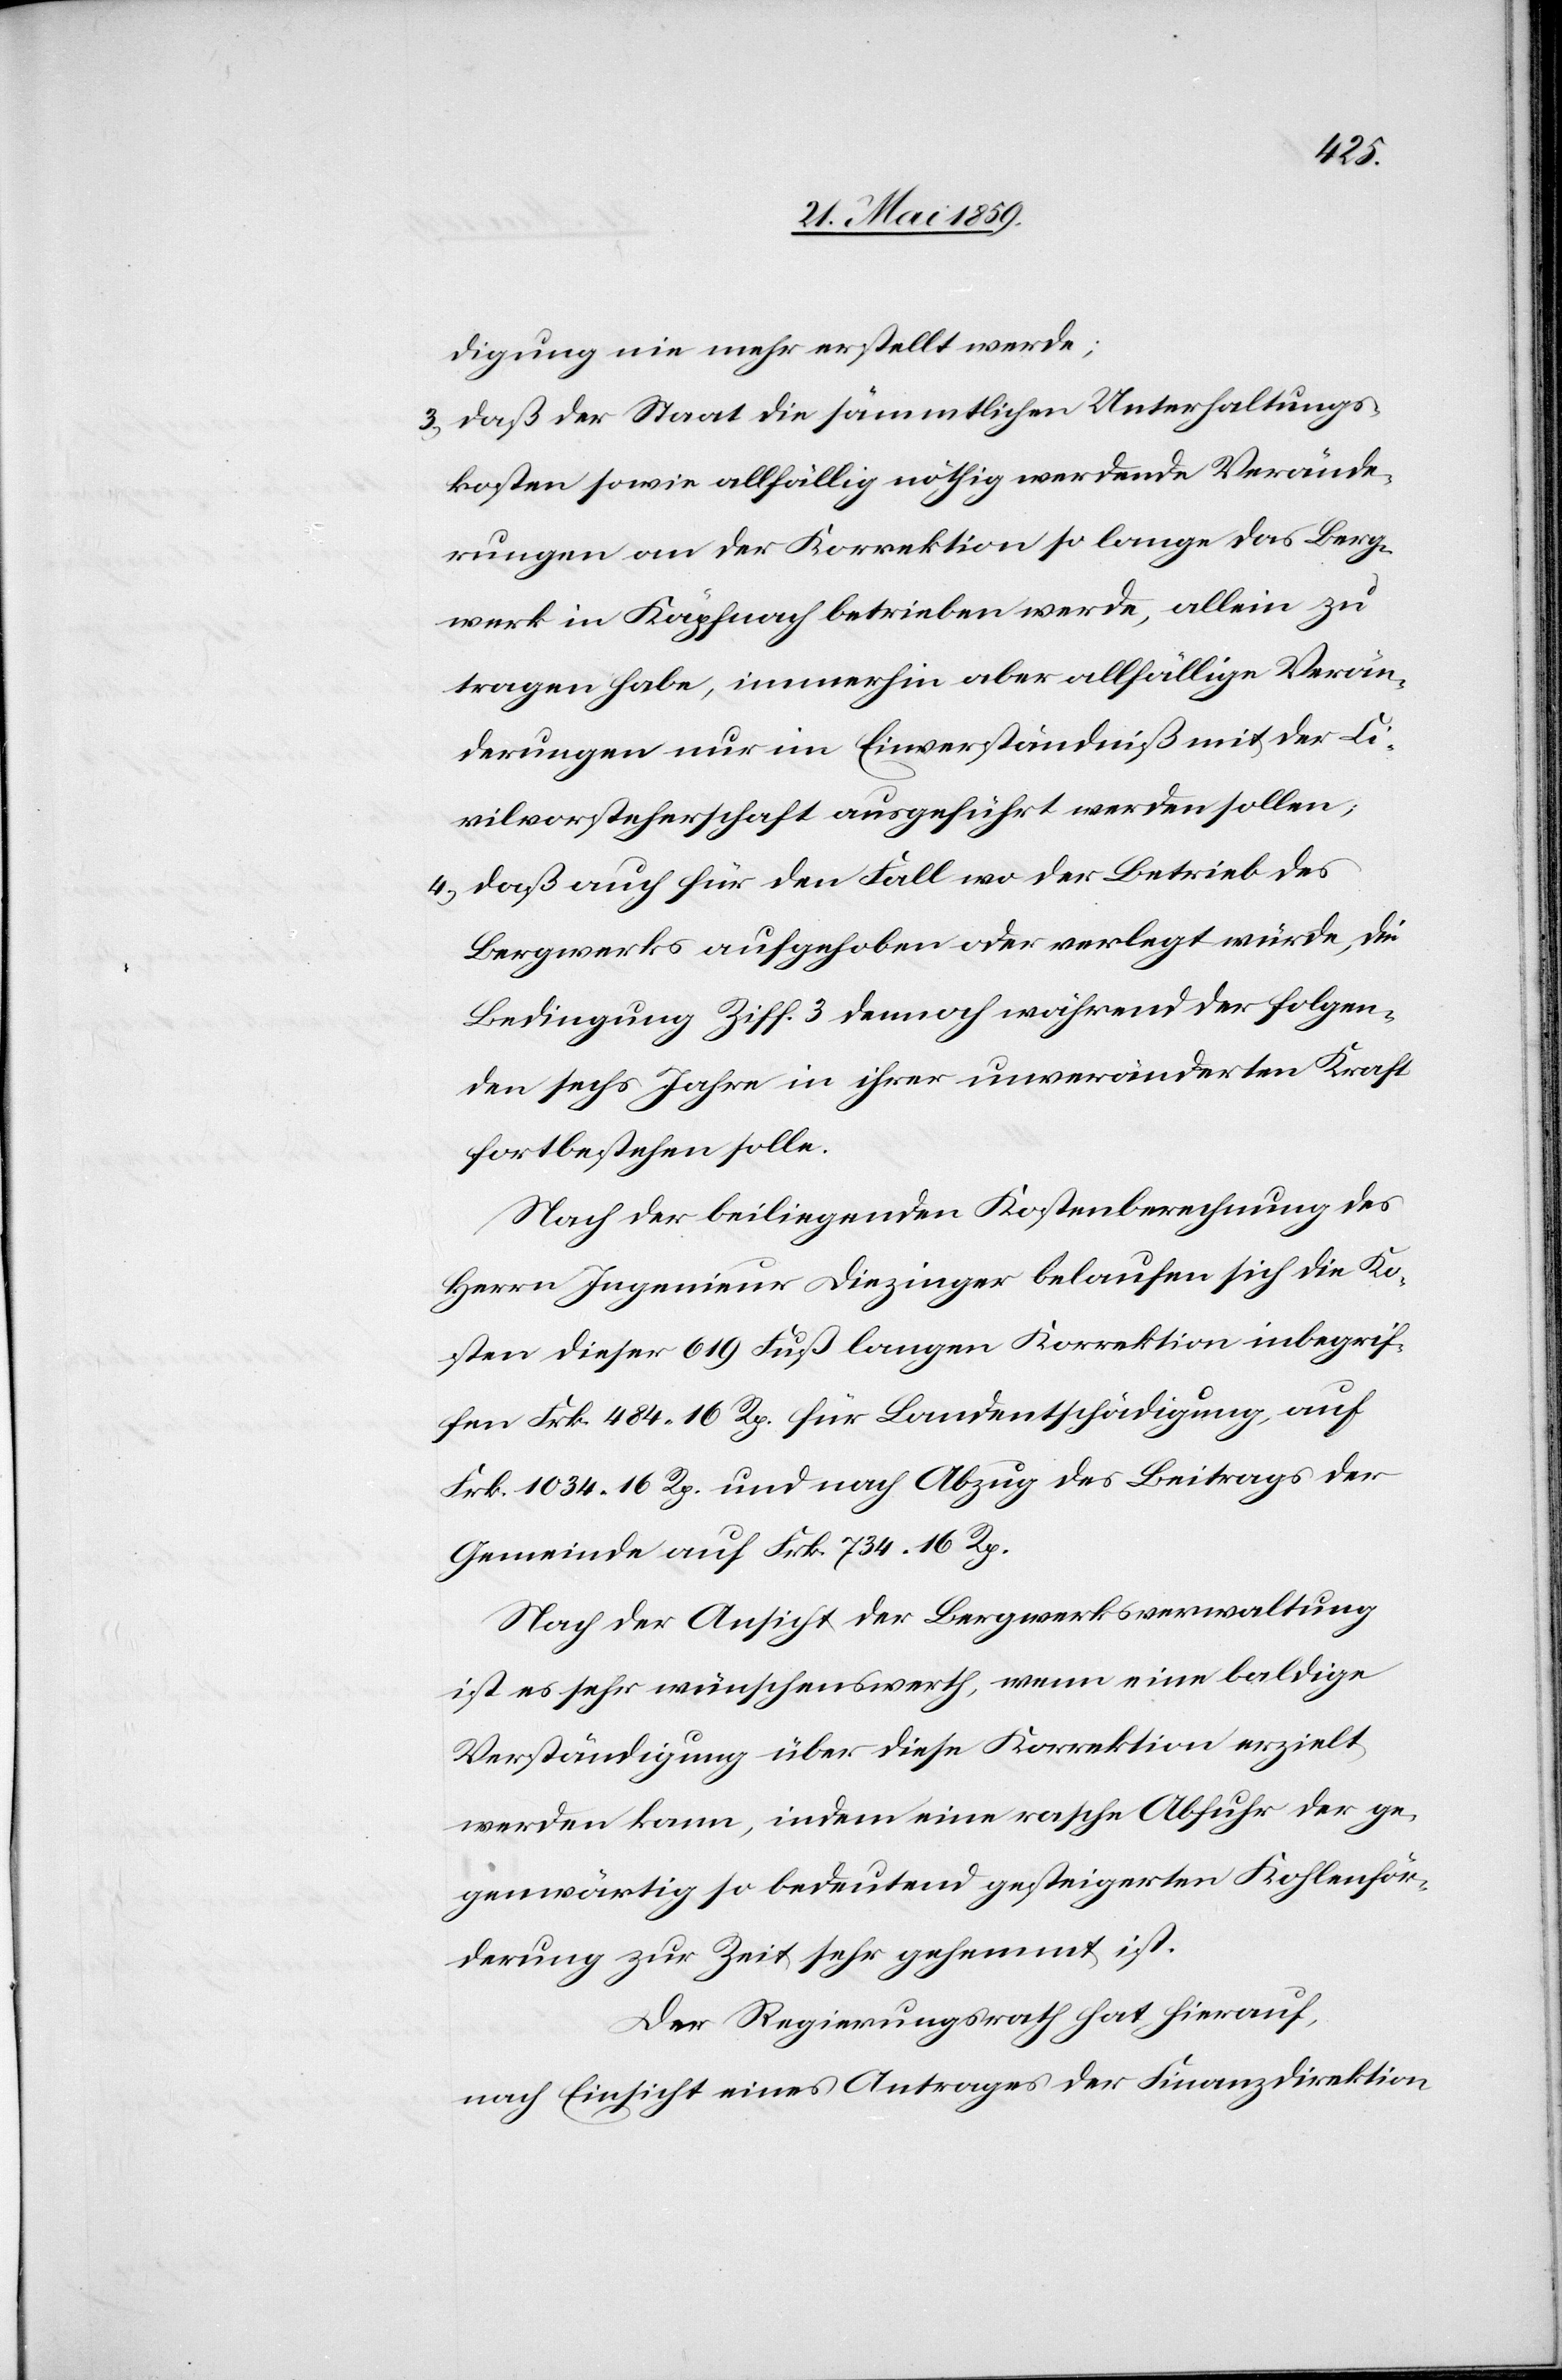
digung nie mehr erstellt werde;
3) daß der Staat die sämmtlichen Unterhaltungs¬
kosten sowie allfällig nöthig werdende Verände¬
rungen an der Korrektion so lange das Berg¬
werk in Käpfnach betrieben werde, allein zu
tragen habe, immerhin aber allfällige Verän¬
derungen nur in Einverständniß mit der Ci¬
vilvorsteherschaft angeführt werden sollen;
4) daß auch für den Fall wo der Betrieb des
Bergwerks aufgegeben oder verlegt würde, die
Bedingung Ziff. 3 demnach während der folgen¬
den sechs Jahre in ihrer unveränderten Kraft
fortbestehen solle.
Nach der beiliegenden Kostenberechnung des
Herrn Ingenieur Diezinger belaufen sich die Ko¬
sten dieser 619 Fuß langen Korrektion inbegrif¬
fen Frk. 484.16 Rp. für Landentschädigung, auf
Frk. 1034.16 Rp. und nach Abzug des Beitrags der
Gemeinde auf Frk. 734.16 Rp.
Nach der Ansicht der Bergwerksverwaltung
ist es sehr wünschenswerth, wenn eine baldige
Verständigung über diese Korrektion erzielt
werden kann, indem eine rasche Abfuhr der ge¬
genwärtig so bedeutend gesteigerten Kohlenför¬
derung zur Zeit sehr gehemmt ist.
Der Regierungsrath hat hierauf,
nach Einsicht eines Antrages der Finanzdirektion